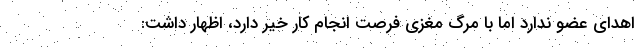
اهدای عضو ندارد اما با مرگ مغزی فرصت انجام کار خیر دارد، اظهار داشت: